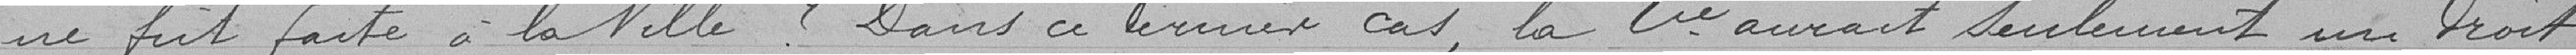
ne fut faite à la Ville? Dans ce dernier cas, la Cie aurait seulement un droit